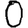
Digit: 0